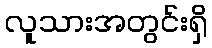
လူသားအတွင်းရှိ